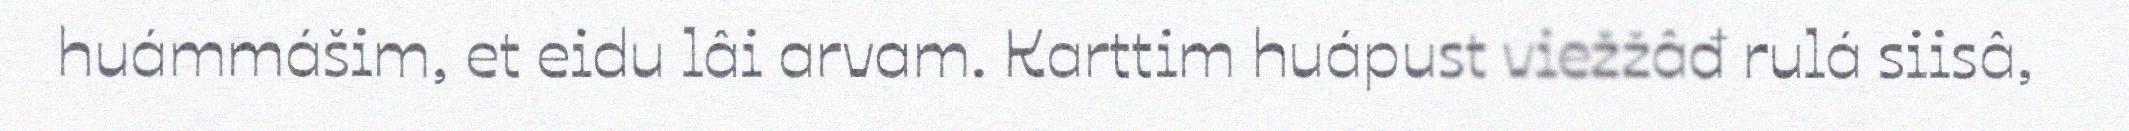
huámmášim, et eidu lâi arvam. Karttim huápust viežžâđ rulá siisâ,